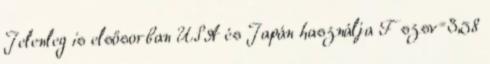
Jelenleg is elsősorban USA és Japán használja F szsv=3,58